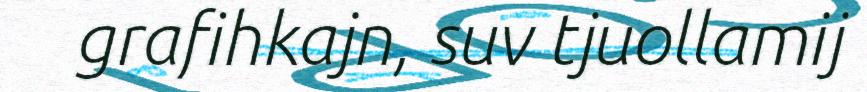
grafihkajn, suv tjuollamij